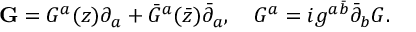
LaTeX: { \bf G } = G ^ { a } ( z ) \partial _ { a } + { \bar { G } } ^ { a } ( { \bar { z } } ) { \bar { \partial } } _ { a } , \quad G ^ { a } = i g ^ { a \bar { b } } { \bar { \partial } } _ { b } G .